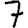
Digit: 7